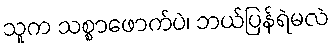
သူက သစ္စာဖောက်ပဲ၊ ဘယ်ပြန်ရဲမလဲ